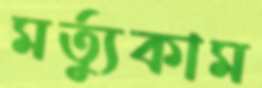
মর্ত্যুকাম